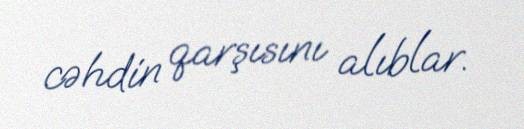
cəhdin qarşısını alıblar.